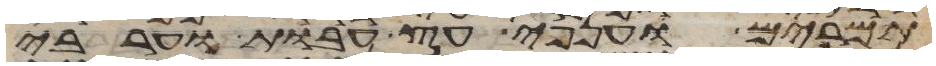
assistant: תמרים וענפי עץ עבות וערבי